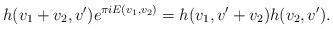
LaTeX: \begin{align*}h(v_1+v_2,v')e^{\pi i E(v_1,v_2)}=h(v_1,v'+v_2)h(v_2,v').\end{align*}